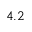
4 . 2